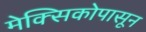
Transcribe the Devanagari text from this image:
मेक्सिकोपासून